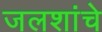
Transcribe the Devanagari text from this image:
जलशांचे